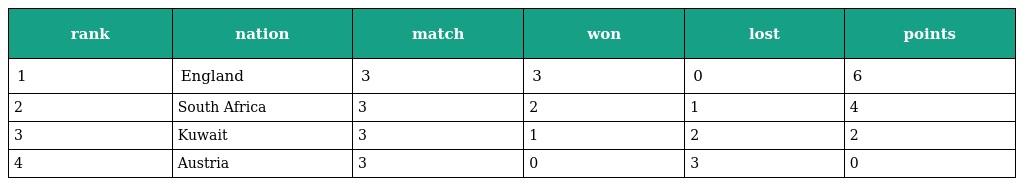
| rank | nation | match | won | lost | points |
 | --- | --- | --- | --- | --- | --- |
 | 1 | England | 3 | 3 | 0 | 6 |
 | 2 | South Africa | 3 | 2 | 1 | 4 |
 | 3 | Kuwait | 3 | 1 | 2 | 2 |
 | 4 | Austria | 3 | 0 | 3 | 0 |